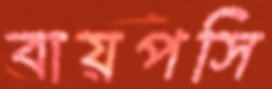
বায়পসি